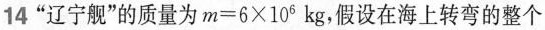
14”辽宁舰”的质量为 $$m = 6 \times 1 0 ^ { 6 } k g$$ ，假设在海上转弯的整个